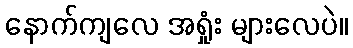
နောက်ကျလေ အရှုံး များလေပဲ။